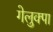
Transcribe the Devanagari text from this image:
गेलुक्पा